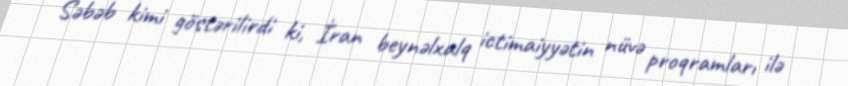
Səbəb kimi göstərilirdi ki, İran beynəlxalq ictimaiyyətin nüvə proqramları ilə